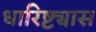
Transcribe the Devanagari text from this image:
धारिष्ट्यास